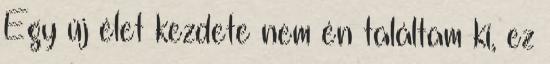
Egy új élet kezdete nem én találtam ki, ez